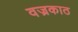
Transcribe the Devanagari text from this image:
वज्रकाठ